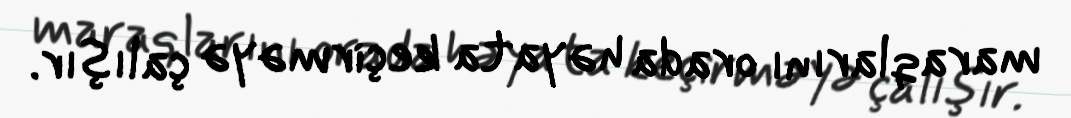
maraqlarını orada həyata keçirməyə çalışır.